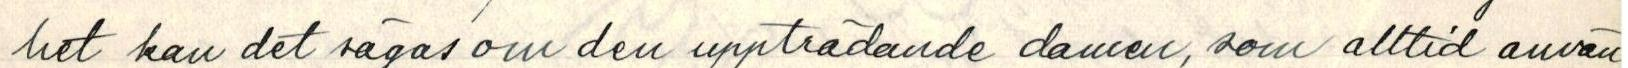
het kan det sägas om den uppträdande damen, som alltid använ